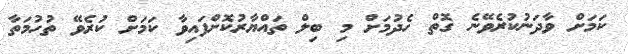
ކަމަށް ވާދަނުކުރެވޭނެ ގޮތް ހެދުމަށް މި ބިލް ތައްޔާރުކޮށްފައިވާ ކަމަށް ކުރެވޭ ތުހުމަތާ